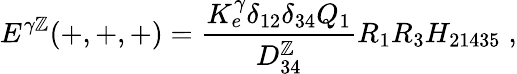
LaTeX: E^{\gamma\mathbb{Z}}(+,+,+)={\frac{{K_{e}^{\gamma}\delta_{12}\delta_{34}Q_{1}}}{{D_{34}^{\mathbb{Z}}}}}R_{1}R_{3}H_{21435}\; ,